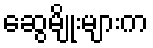
ဆွေမျိုးများက